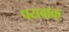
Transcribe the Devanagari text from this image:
परावाक्